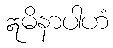
ဣမိနာပါဟံ